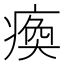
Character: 瘓